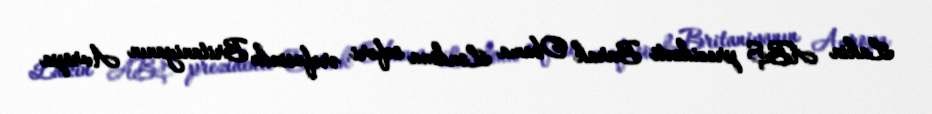
Lakin ABŞ prezidenti Barak Obama Londona səfəri ərəfəsində Britaniyanın Avropa